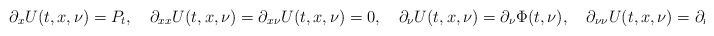
LaTeX: \begin{align*}\partial_xU(t,x,\nu)=P_t,\quad\partial_{xx}U(t,x,\nu)=\partial_{x\nu}U(t,x,\nu)=0,\quad\partial_{\nu}U(t,x,\nu)=\partial_{\nu}\Phi(t,\nu),\quad\partial_{\nu\nu}U(t,x,\nu)=\partial_{\nu\nu}\Phi(t,\nu)\end{align*}